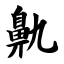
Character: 鼽